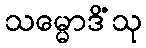
သမ္မောဒိံသု